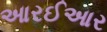
આરઈઆર